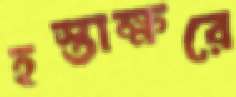
হস্তাক্ষরে